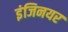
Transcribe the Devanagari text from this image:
इंजिनयर